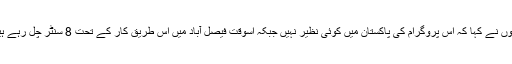
انہوں نے کہا کہ اس پروگرام کی پاکستان میں کوئی نظیر نہیں جبکہ اسوقت فیصل آباد میں اس طریق کار کے تحت 8 سنٹر چل رہے ہیں۔